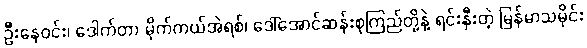
ဦးနေဝင်း၊ ဒေါက်တာ မိုက်ကယ်အဲရစ်၊ ဒေါ်အောင်ဆန်းစုကြည်တို့နဲ့ ရင်းနှီးတဲ့ မြန်မာသမိုင်း